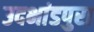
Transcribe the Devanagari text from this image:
उदभांडपुरा